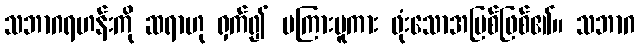
သဘာဂရဟန်းကို ဆရာဟု ရှက်၍ မကြားမူကား ဖုံးသောအပြစ်ဖြစ်၏။ သဘာဂ